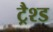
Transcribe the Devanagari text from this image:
ट्रैश्ड